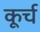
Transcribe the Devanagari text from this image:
कूर्च